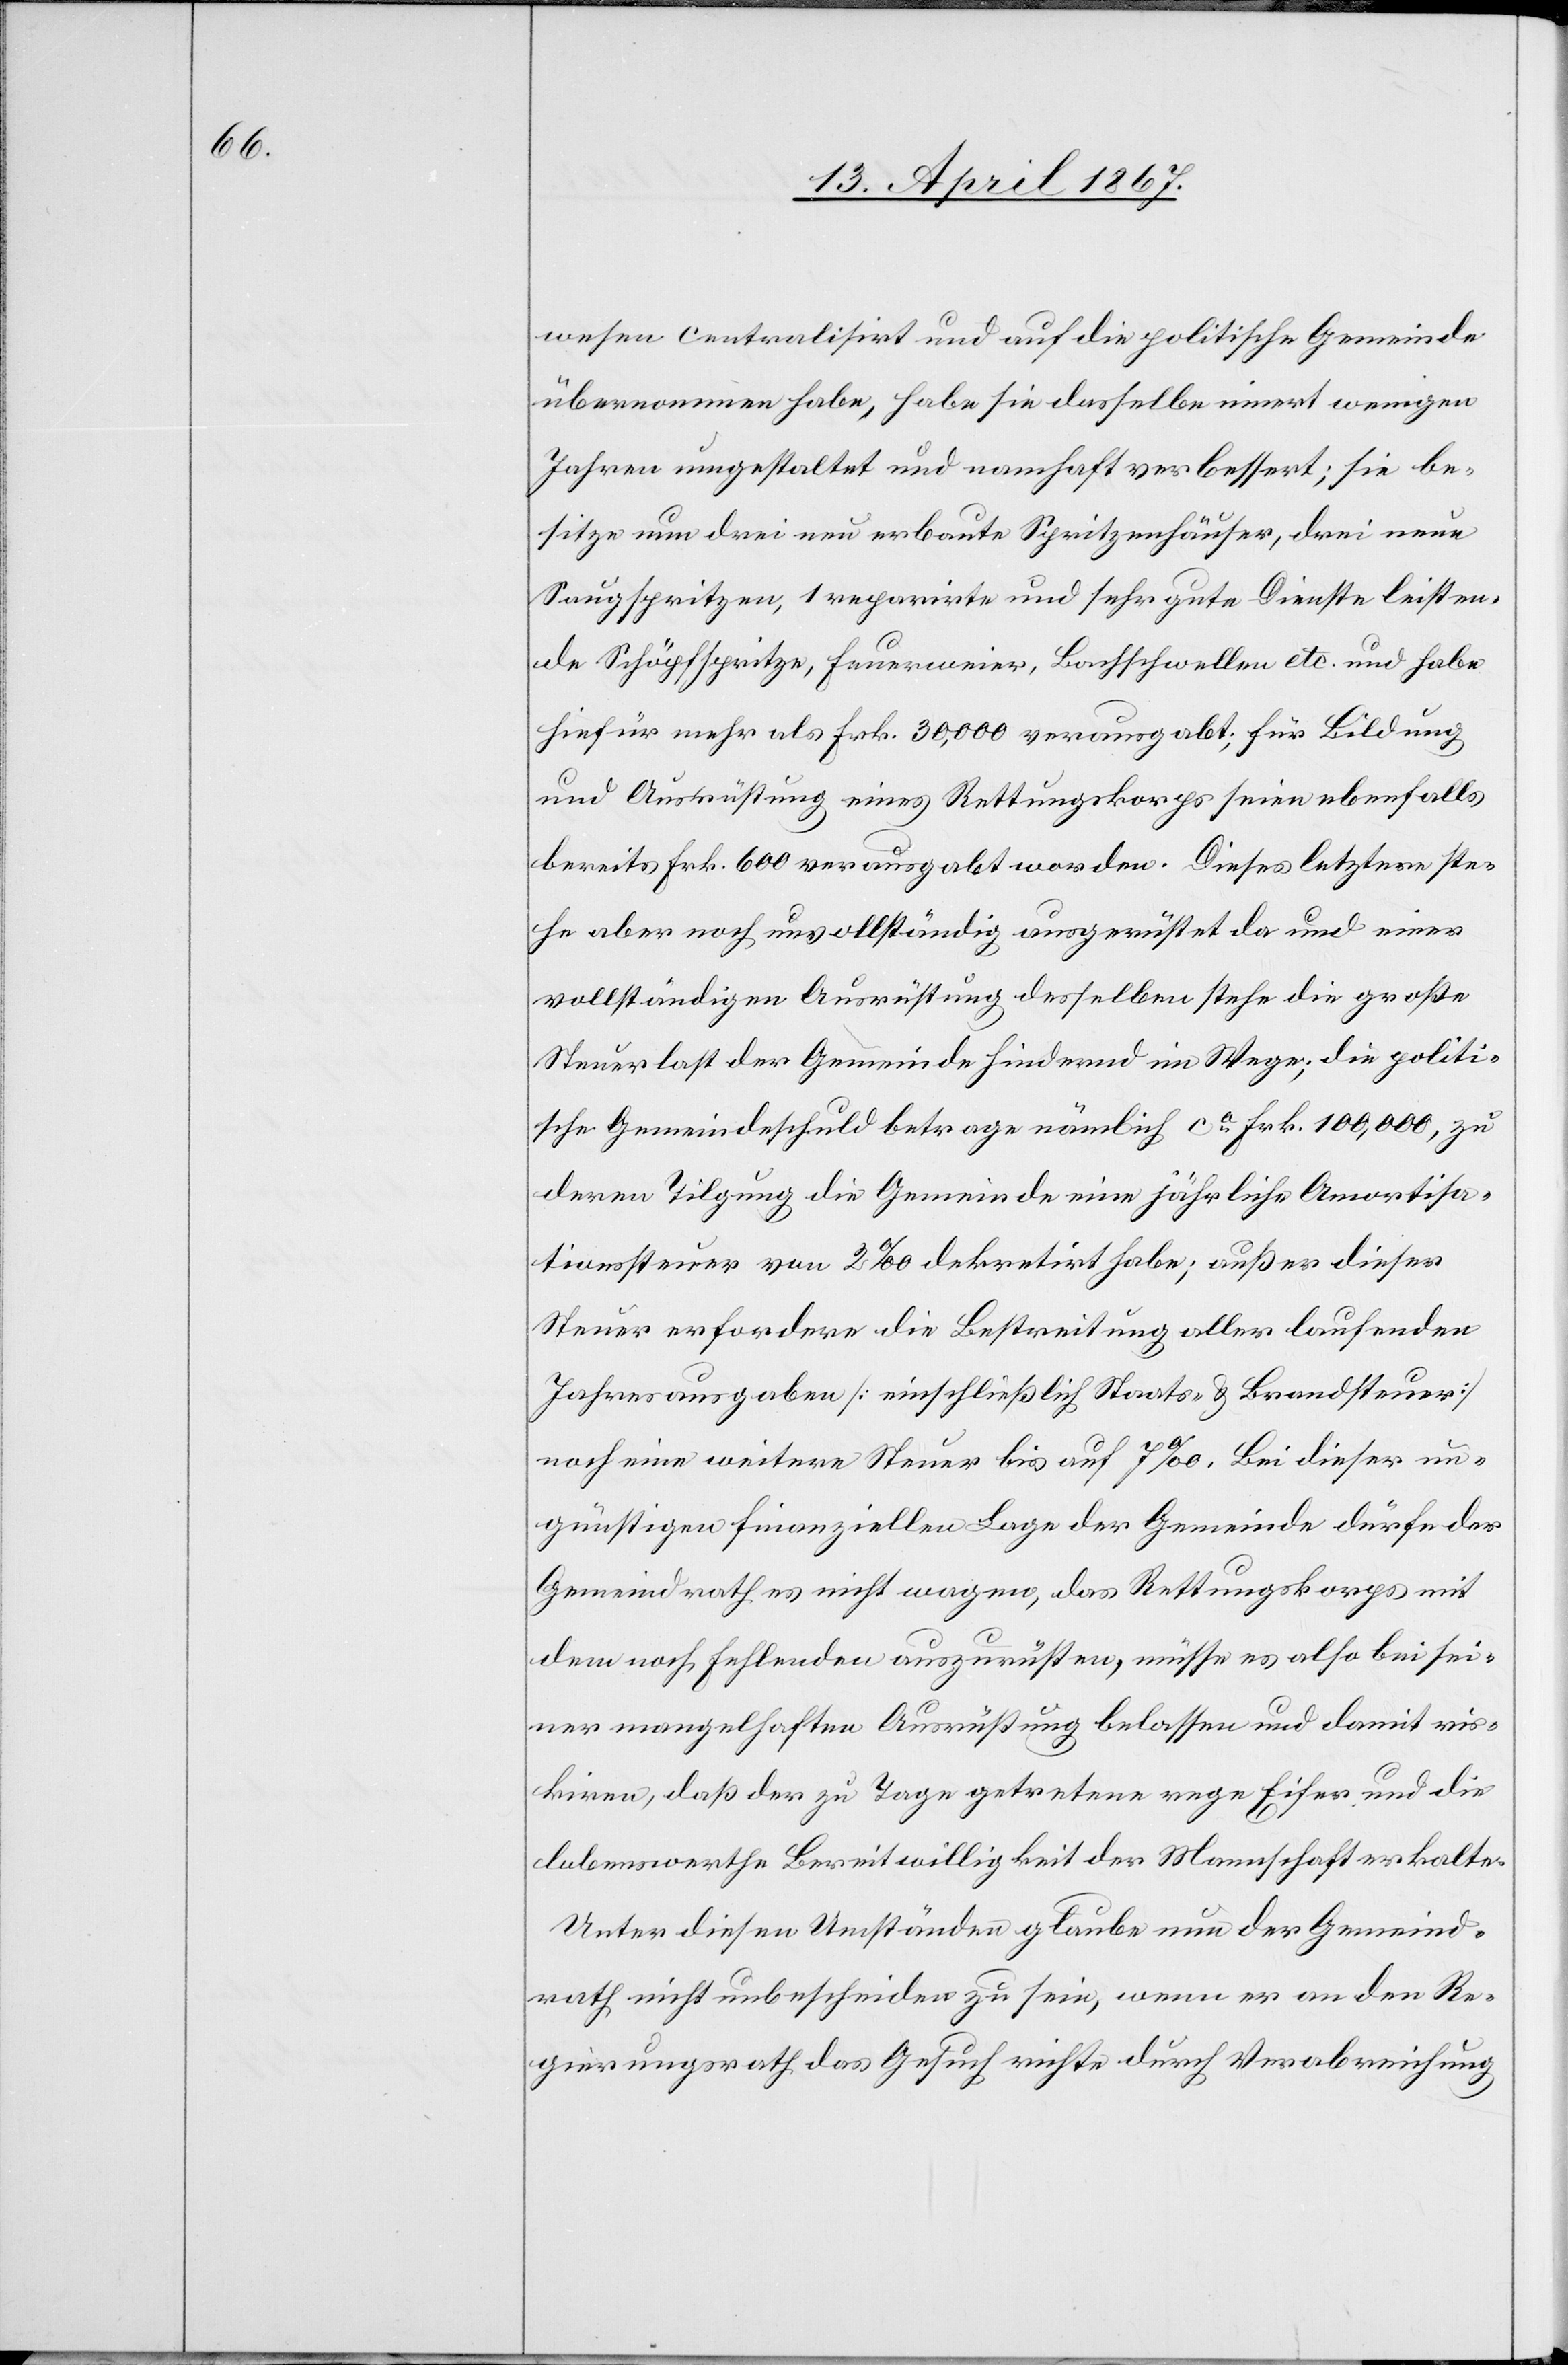
wesen centralisirt und auf die politische Gemeinde
übernommen habe, habe sie dasselbe innert wenigen
Jahren umgestaltet und namhaft verbessert: sie be¬
sitze nun drei neu erbaute Spritzenhäuser, drei neue
Saugspritzen, 1 reparirte und sehr gute Dienste leisten¬
de Schöpfspritze, Feuerweier, Bachschwellen etc. und habe
hiefür mehr als Frk. 30,000 verausgabt; für Bildung
und Ausrüstung eines Rettungskorps seien ebenfalls
bereits Frk. 600 verausgabt worden. Dieses letztere ste¬
he aber noch unvollständig umgerüstet da und einer
vollständigen Ausrüstung desselben stehe die große
Steuerlast der Gemeinde hindernd im Wege; die politi¬
sche Gemeindeschuld betrage nämlich ca. Frk. 100,000, zu
deren Tilgung die Gemeinde eine jährliche Amortisa¬
tionssteuer von 2‰ dekretirt habe; außer dieser
Steuer erfordere die Bestreitung aller laufenden
Jahresausgaben [einschließlich Staats- u. Brandsteuer]
noch eine weitere Steuer bis auf 7‰. Bei dieser un¬
günstigen finanziellen Lage der Gemeinde dürfe der
Gemeindrath es nicht wagen, das Rettungskorps mit
dem noch fehlenden auszurüsten, müsse es also bei sei¬
ner mangelhaften Ausrüstung belassen und damit ris¬
kiren, daß der zu Tage getretene rege Eifer und die
lobenswerthe Bereitwilligkeit der Mannschaft erkalte.
Unter diesen Umständen glaube nun der Gemeinde¬
rath nicht unbescheiden zu sein, wenn er an den Re¬
gierungsrath das Gesuch richte, durch Verabreichung